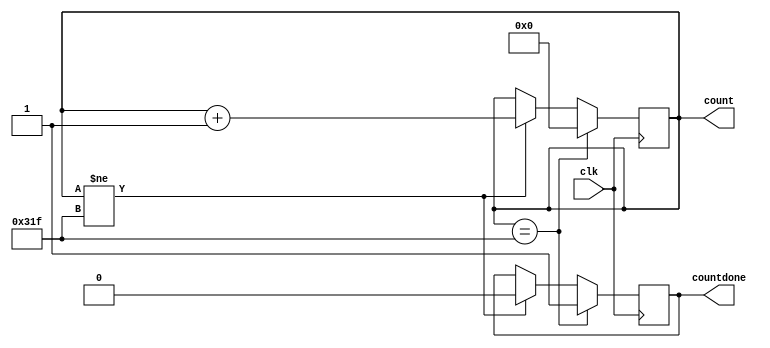
`timescale 1ns / 1ps
//////////////////////////////////////////////////////////////////////////////////
// Company: 
// Engineer: 
// 
// Design Name: 
// Module Name: Horizontal
// Project Name: 
// Target Devices: 
// Tool Versions: 
// Description: 
// 
// Dependencies: 
// 
// Revision:
// Revision 0.01 - File Created
// Additional Comments:
// 
//////////////////////////////////////////////////////////////////////////////////


module Horizontal(

    output reg [9:0] count,
    output reg countdone,
    input clk
    
    );
    
    always@(posedge clk)
    begin
        if(count != 799)
        begin
            count <= count + 1;
            countdone<=0;
        end
        if(count == 799)
        begin
            count <= 0;
            countdone <= 1;
        end
    end    
endmodule